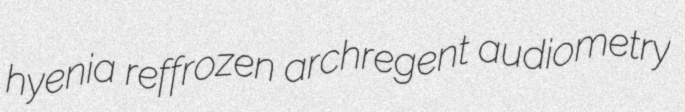
hyenia reffrozen archregent audiometry